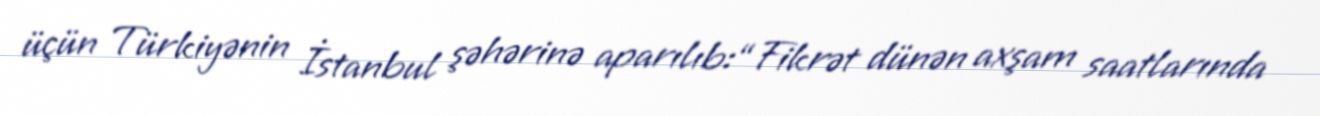
üçün Türkiyənin İstanbul şəhərinə aparılıb:“Fikrət dünən axşam saatlarında